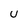
Character: U